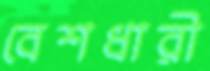
বেশধারী